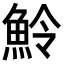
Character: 魿